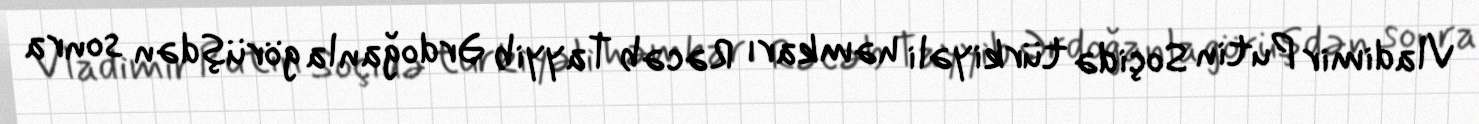
Vladimir Putin Soçidə türkiyəli həmkarı Rəcəb Tayyib Ərdoğanla görüşdən sonra